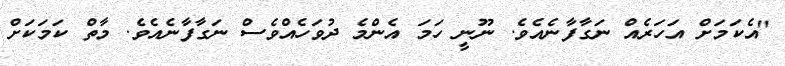
"އެކަމަށް އަހަރެއް ނަގާފާނެއެވެ. ނޫނީ ހަމަ އެންމެ ދުވަހެއްވެސް ނަގާފާނެއެވެ. މާތް ކަމަކަށް